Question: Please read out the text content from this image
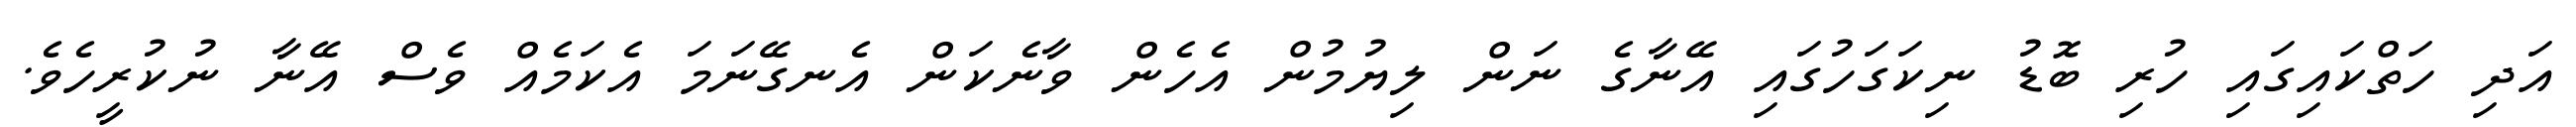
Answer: އަދި ހަތްކައިގައި ހުރި ބޮޑު ނިކަގަހުގައި އޭނާގެ ނަން ލިޔުމުން އެހެން ވާނެކަން އެނގޭނަމަ އެކަމެއް ވެސް އޭނާ ނުކުރީހެވެ.